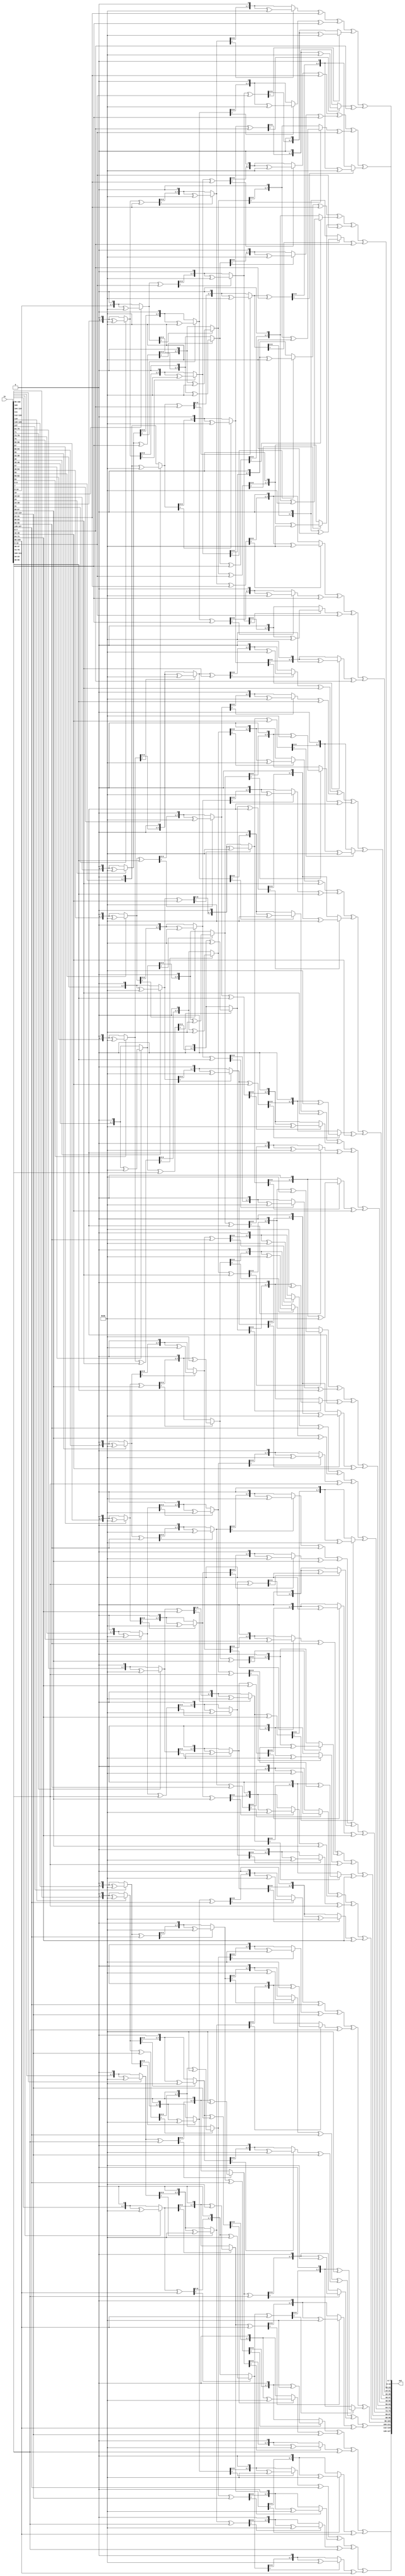
module InvMixColumns(
    output wire [0:127] out,
    input wire [0:127] in
);

wire [0:127] temp;
// Column 0
assign temp[120:127] = xtime11(in[96:103])^xtime13(in[104:111])^xtimes9(in[112:119])^xtime14(in[120:127]);
assign temp[88:95] = xtime11(in[64:71])^xtime13(in[72:79])^xtimes9(in[80:87])^xtime14(in[88:95]);
assign temp[56:63] = xtime11(in[32:39])^xtime13(in[40:47])^xtimes9(in[48:55])^xtime14(in[56:63]);
assign temp[24:31] = xtime11(in[0:7])^xtime13(in[8:15])^xtimes9(in[16:23])^xtime14(in[24:31]);

// Column 1
assign temp[112:119] = xtime13(in[96:103])^xtimes9(in[104:111])^xtime14(in[112:119])^xtime11(in[120:127]);
assign temp[80:87] = xtime13(in[64:71])^xtimes9(in[72:79])^xtime14(in[80:87])^xtime11(in[88:95]);
assign temp[48:55] = xtime13(in[32:39])^xtimes9(in[40:47])^xtime14(in[48:55])^xtime11(in[56:63]);
assign temp[16:23] = xtime13(in[0:7])^xtimes9(in[8:15])^xtime14(in[16:23])^xtime11(in[24:31]);

// Column 2
assign temp[104:111] = xtimes9(in[96:103])^xtime14(in[104:111])^xtime11(in[112:119])^xtime13(in[120:127]);
assign temp[72:79] = xtimes9(in[64:71])^xtime14(in[72:79])^xtime11(in[80:87])^xtime13(in[88:95]);
assign temp[40:47] = xtimes9(in[32:39])^xtime14(in[40:47])^xtime11(in[48:55])^xtime13(in[56:63]);
assign temp[8:15] = xtimes9(in[0:7])^xtime14(in[8:15])^xtime11(in[16:23])^xtime13(in[24:31]);

// Column 3
assign temp[96:103] = xtime14(in[96:103])^xtime11(in[104:111])^xtime13(in[112:119])^xtimes9(in[120:127]);
assign temp[64:71] = xtime14(in[64:71])^xtime11(in[72:79])^xtime13(in[80:87])^xtimes9(in[88:95]);
assign temp[32:39] = xtime14(in[32:39])^xtime11(in[40:47])^xtime13(in[48:55])^xtimes9(in[56:63]);
assign temp[0:7] = xtime14(in[0:7])^xtime11(in[8:15])^xtime13(in[16:23])^xtimes9(in[24:31]);


assign out = temp;

// all xtimes functions needed generated from the x2 function
// xtimes2 function multiplies the input by 2 from MixColumn module
function [7:0] xtimes2;
    input [7:0] x;
    begin 
        if(x[7] == 1)
            xtimes2 = ((x << 1) ^ 8'h1b);
        else 
            xtimes2 = x << 1; 
    end     
endfunction

// xtimes9 function multiplies the input by 9  
function [7:0] xtimes9;
    input [7:0] y;
    begin 
        xtimes9 = (xtimes2(xtimes2(xtimes2(y)))) ^ y;
    end     
endfunction

// xtime11 function multiplies the input by 11  
function [7:0] xtime11;
    input [7:0] z;
    begin 
        xtime11 =(xtimes2( ( xtimes2(xtimes2(z)) ) ^ z)) ^ z;
    end     
endfunction

// xtime13 function multiplies the input by 13  
function [7:0] xtime13;
    input [7:0] k;
    begin 
        xtime13 = (xtimes2(xtimes2(xtimes2(k)^k)))^k;
    end     
endfunction

// xtime14 function multiplies the input by 14  
function [7:0] xtime14;
    input [7:0] l;
    begin 
        xtime14 = xtimes2(xtimes2((xtimes2(l)^l))^l);
    end     
endfunction

endmodule